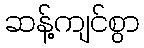
ဆန့်ကျင်စွာ